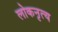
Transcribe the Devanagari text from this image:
लोकनृत्‍य